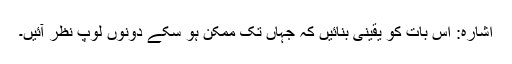
اشارہ: اس بات کو یقینی بنائیں کہ جہاں تک ممکن ہو سکے دونوں لوپ نظر آئیں۔